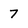
Character: 7